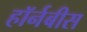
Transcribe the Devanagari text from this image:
हॉर्नबीस